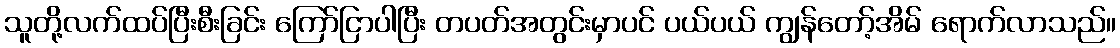
သူတို့လက်ထပ်ပြီးစီးခြင်း ကြော်ငြာပါပြီး တပတ်အတွင်းမှာပင် ပယ်ပယ် ကျွန်တော့်အိမ် ရောက်လာသည်။